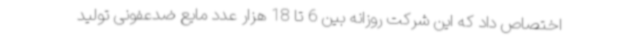
اختصاص داد که این شرکت روزانه بین 6 تا 18 هزار عدد مایع ضدعفونی تولید